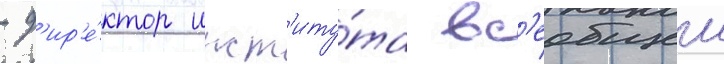
- д'ир'е́ктор инст'иту́та вс'еобщеи